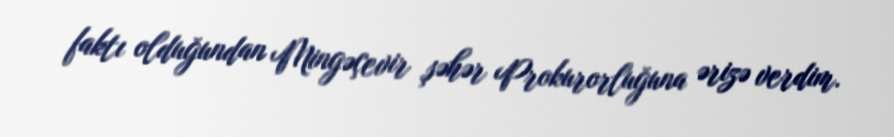
faktı olduğundan Mingəçevir şəhər Prokurorluğuna ərizə verdim.